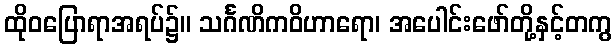
ထိုဝပြောရာအရပ်၌။ သင်္ဂဏိကဝိဟာရော၊ အပေါင်းဖော်တို့နှင့်တကွ